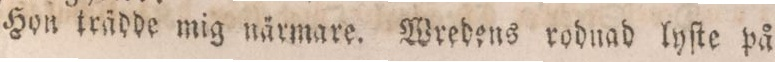
Hon trädde mig närmare. Wredens rodnad lyſte på